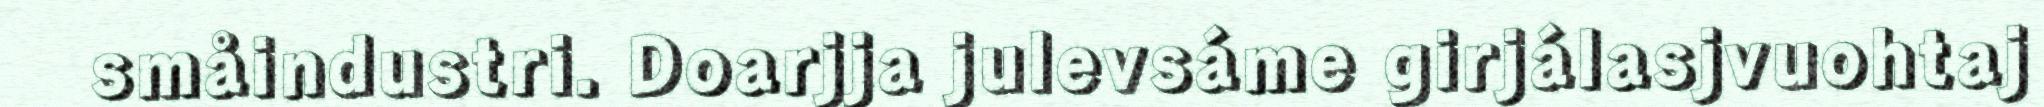
småindustri. Doarjja julevsáme girjálasjvuohtaj